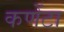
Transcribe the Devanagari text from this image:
कणेंटा